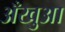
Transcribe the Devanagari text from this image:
अँखुआ